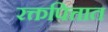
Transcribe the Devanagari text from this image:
रक्तपित्तात